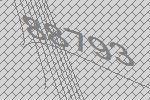
88793